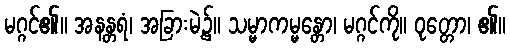
မဂ္ဂင်၏။ အနန္တရံ၊ အခြားမဲ့၌။ သမ္မာကမ္မန္တော၊ မဂ္ဂင်ကို။ ဝုတ္တော၊ ၏။